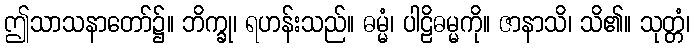
ဤသာသနာတော်၌။ ဘိက္ခု၊ ရဟန်းသည်။ ဓမ္မံ၊ ပါဠိဓမ္မကို။ ဇာနာသိ၊ သိ၏။ သုတ္တံ၊